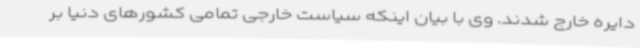
دایره خارج شدند. وی با بیان اینکه سیاست خارجی تمامی کشورهای دنیا بر